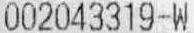
002043319-W